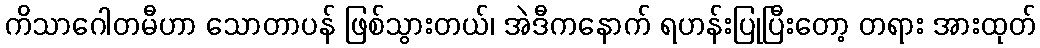
ကိသာဂေါတမီဟာ သောတာပန် ဖြစ်သွားတယ်၊ အဲဒီကနောက် ရဟန်းပြုပြီးတော့ တရား အားထုတ်